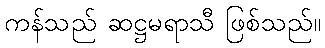
ကန်သည် ဆဋ္ဌမရာသီ ဖြစ်သည်။